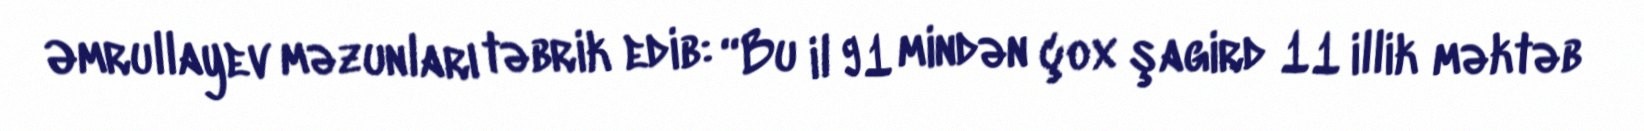
Əmrullayev məzunları təbrik edib: “Bu il 91 mindən çox şagird 11 illik məktəb